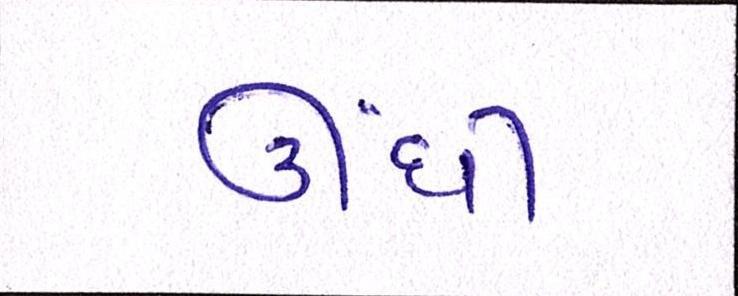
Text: ઊંધી